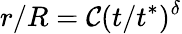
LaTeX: r/R=\mathcal{C}(t/t^{*})^{\delta}